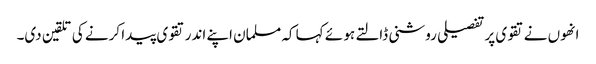
انھوں نے تقوی پر تفصیلی روشنی ڈالتے ہو ئے کہا کہ مسلمان اپنے اندر تقوی پیدا کرنے کی تلقین دی۔